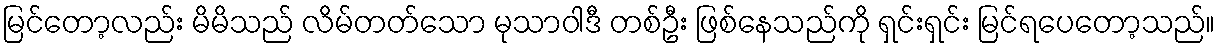
မြင်တော့လည်း မိမိသည် လိမ်တတ်သော မုသာဝါဒီ တစ်ဦး ဖြစ်နေသည်ကို ရှင်းရှင်း မြင်ရပေတော့သည်။